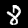
Label: 8